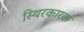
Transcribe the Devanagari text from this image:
स्थिरकारक